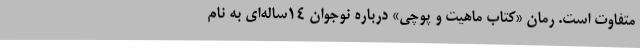
متفاوت است. رمان «کتاب ماهیت و پوچی» درباره نوجوان ۱۴ساله‌ای به نام